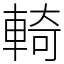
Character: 輢